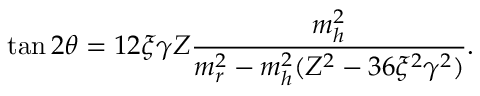
\tan 2 \theta = 1 2 \xi \gamma Z \frac { m _ { h } ^ { 2 } } { m _ { r } ^ { 2 } - m _ { h } ^ { 2 } ( Z ^ { 2 } - 3 6 \xi ^ { 2 } \gamma ^ { 2 } ) } .